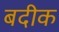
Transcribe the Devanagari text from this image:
बदीक